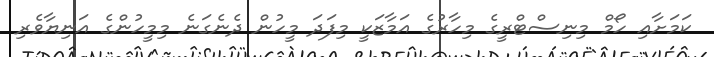
ކަމަށާއި ހޯމް މިނިސްޓްރީގެ މިހާރުގެ އަމާޒަކީ މިފަދަ މީހުން ދެނެގަނެ މިމީހުންގެ އަނިޔާވެރި